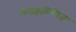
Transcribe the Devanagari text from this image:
नियोक्लासिसिज्म